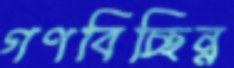
গণবিচ্ছিন্ন